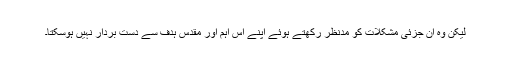
لیکن وہ ان جزئی مشکلات کو مدنظر رکھتے ہوئے اپنے اس اہم اور مقدس ہدف سے دست بردار نہیں ہوسکتا۔